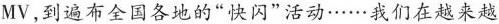
MV，到遍布全国各地的”快闪”活动……我们在越来越